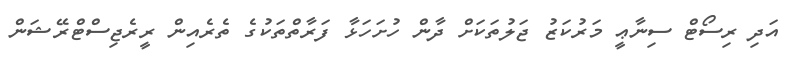
އަދި ރިސޯޓް ސިނާޢީ މަރުކަޒު ޖަލުތަކަށް ދާން ހުށަހަޅާ ފަރާތްތަކުގެ ތެރެއިން ރީރެޖިސްޓްރޭޝަން